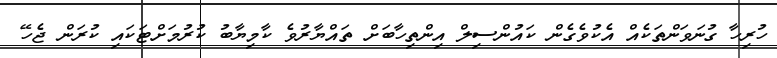
ހުރިހާ ގުނަވަންތަކެއް އެކުވެގެން ކައުންސިލް އިންތިހާބަށް ތައްޔާރުވެ ކާމިޔާބު ކުރުމަށްޓަކައި ކުރަން ޖެހޭ